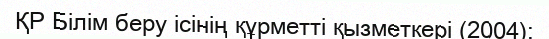
ҚР Білім беру ісінің құрметті қызметкері (2004);